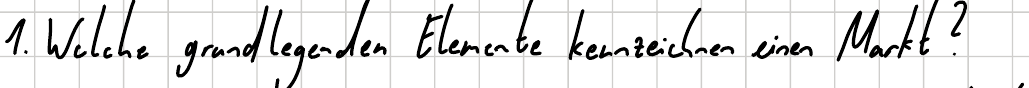
1. Welche grundlegenden Elemente kennzeichnen einen Markt?